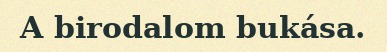
A birodalom bukása.